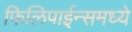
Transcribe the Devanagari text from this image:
फिलिपाईन्समध्ये